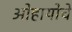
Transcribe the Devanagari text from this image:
ओहायोचे